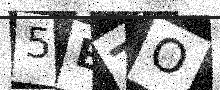
Text: 5ETO